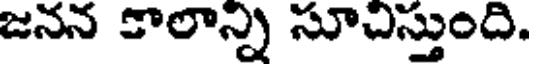
జనన కాలాన్ని సూచిస్తుంది.